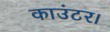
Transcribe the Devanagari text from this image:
काउंटर।